system: You are a helpful assistant.
user:
Analyze the provided spectrum to determine if it is a **"Cataclysmic Variables (CV)"**.

- **Key Indicators for CV (Check for either state):**
    - **State 1: Quiescent / Low-State (Emission-Dominated)**
        - **(Primary):** Strong and *very broad* Hydrogen Balmer emission lines (e.g., $H\alpha$ at 6563 Å, $H\beta$ at 4861 Å). The 'broadness' (high velocity dispersion, often FWHM > 1000 km/s) is the key diagnostic, indicating a high-velocity accretion disk.
        - **(Secondary):** Broad neutral Helium (He I) emission lines (e.g., 5876 Å, 6678 Å).
        - **(Key Confirmation):** Presence of high-excitation *ionized* Helium (He II) emission at 4686 Å. This is a strong indicator of accretion onto a white dwarf.
        - **(Line Profile):** Emission lines may exhibit a 'double-peaked' profile, which is a classic signature of a rotating accretion disk viewed at high inclination.

    - **State 2: Outburst / High-State (Absorption-Dominated)**
        - **(Primary):** Spectrum is dominated by a bright, blue continuum (looks like a hot star).
        - **(Secondary):** The emission lines from State 1 are weak, absent, or 'filled in', and are replaced by broad, shallow *absorption* lines (primarily Balmer and He I).
        - **(Morphology):** The overall spectrum mimics a hot B/A-type star. The crucial difference is that the absorption lines are significantly broader, shallower, and more 'washed-out' (or 'smeared') than the sharp lines of a normal stellar photosphere, due to high rotational speeds and pressure broadening in the disk.

Think first, call **spectral_visualization_tool** if needed to examine features in detail, then provide your final answer. Your response must adhere to the following strict rules:
1.  **Overall Structure:** Your response must follow the format `<think>...</think> <tool_call>...</tool_call> (if a tool is used) <answer>...</answer>`.
2.  **Tool Usage Constraint:** You may only make **one** tool call per turn.
3.  **Final Answer Format:** In the `<answer>` tag, your conclusion must be inside a `\boxed{}` command (e.g., `\boxed{YES}`), followed by your justification.

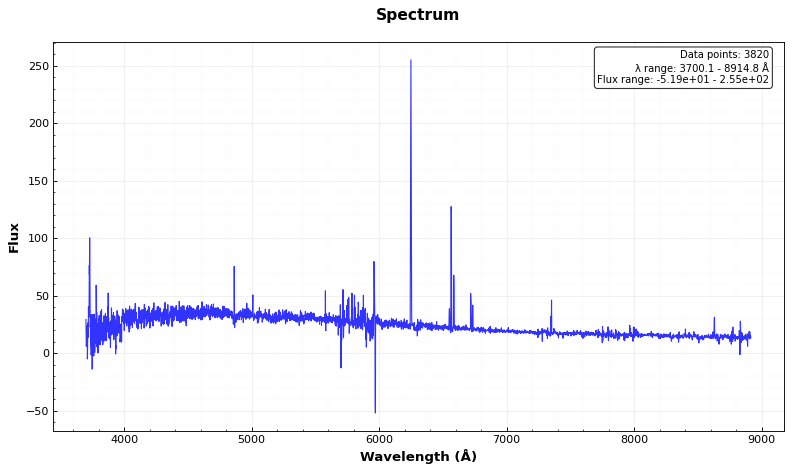
Answer: NO